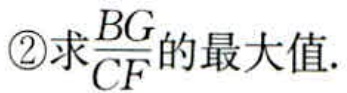
\textcircled{2}求\(\frac{BG}{CF}\)的最大值.